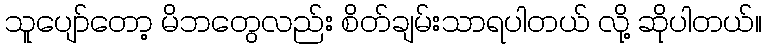
သူပျော်တော့ မိဘတွေလည်း စိတ်ချမ်းသာရပါတယ် လို့ ဆိုပါတယ်။